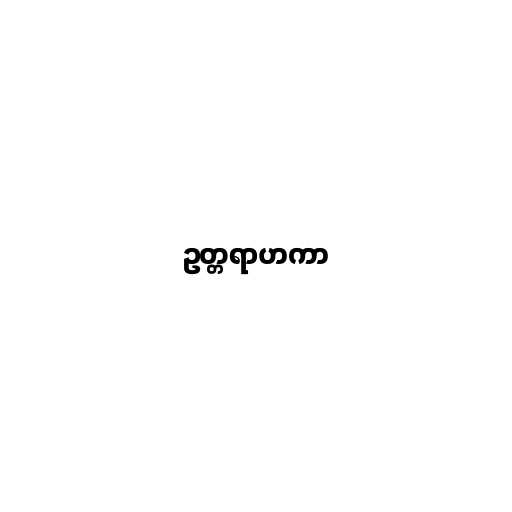
ဥတ္တရာဟကာ